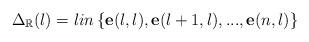
LaTeX: \begin{align*}\Delta_{\mathbb{R}}(l)=lin\left\{ \mathbf{e}(l,l),\mathbf{e}(l+1,l),...,\mathbf{e}(n,l)\right\} \end{align*}